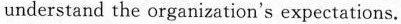
understand the organization's expectations.